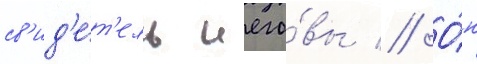
св'ид'е́т'ель иего́вы // О́н